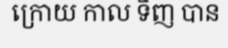
ក្រោយ កាល ទិញ បាន